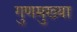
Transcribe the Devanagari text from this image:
गुणमुख्या